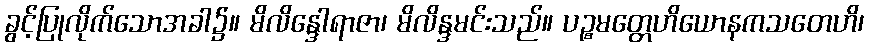
ခွင့်ပြုလိုက်သောအခါ၌။ မိလိန္ဒေါရာဇာ၊ မိလိန္ဒမင်းသည်။ ပဉ္စမတ္တေဟိယောနကသတေဟိ၊